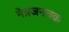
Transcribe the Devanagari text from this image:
नेत्रजनचक्र